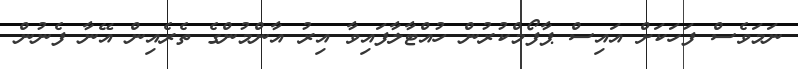
ނަމަވެސް ފަހަކަށް އައިސް ޕާފޯމްކުރުން ހުއްޓާލާފައިވާ އިރު އާންމުންގެ ތެރެއިން އޭނާ ފެނުން